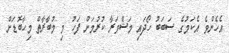
އެހެންވެ އެކަމުގެ ސަބަބު ހޯދައި މަޝްވަރާ ކުރުމަށް ފަހު މި މުބާރާތް މިހާބޮޑަށް